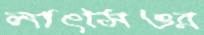
লাৎসিওর